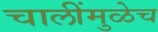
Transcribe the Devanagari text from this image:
चालींमुळेच